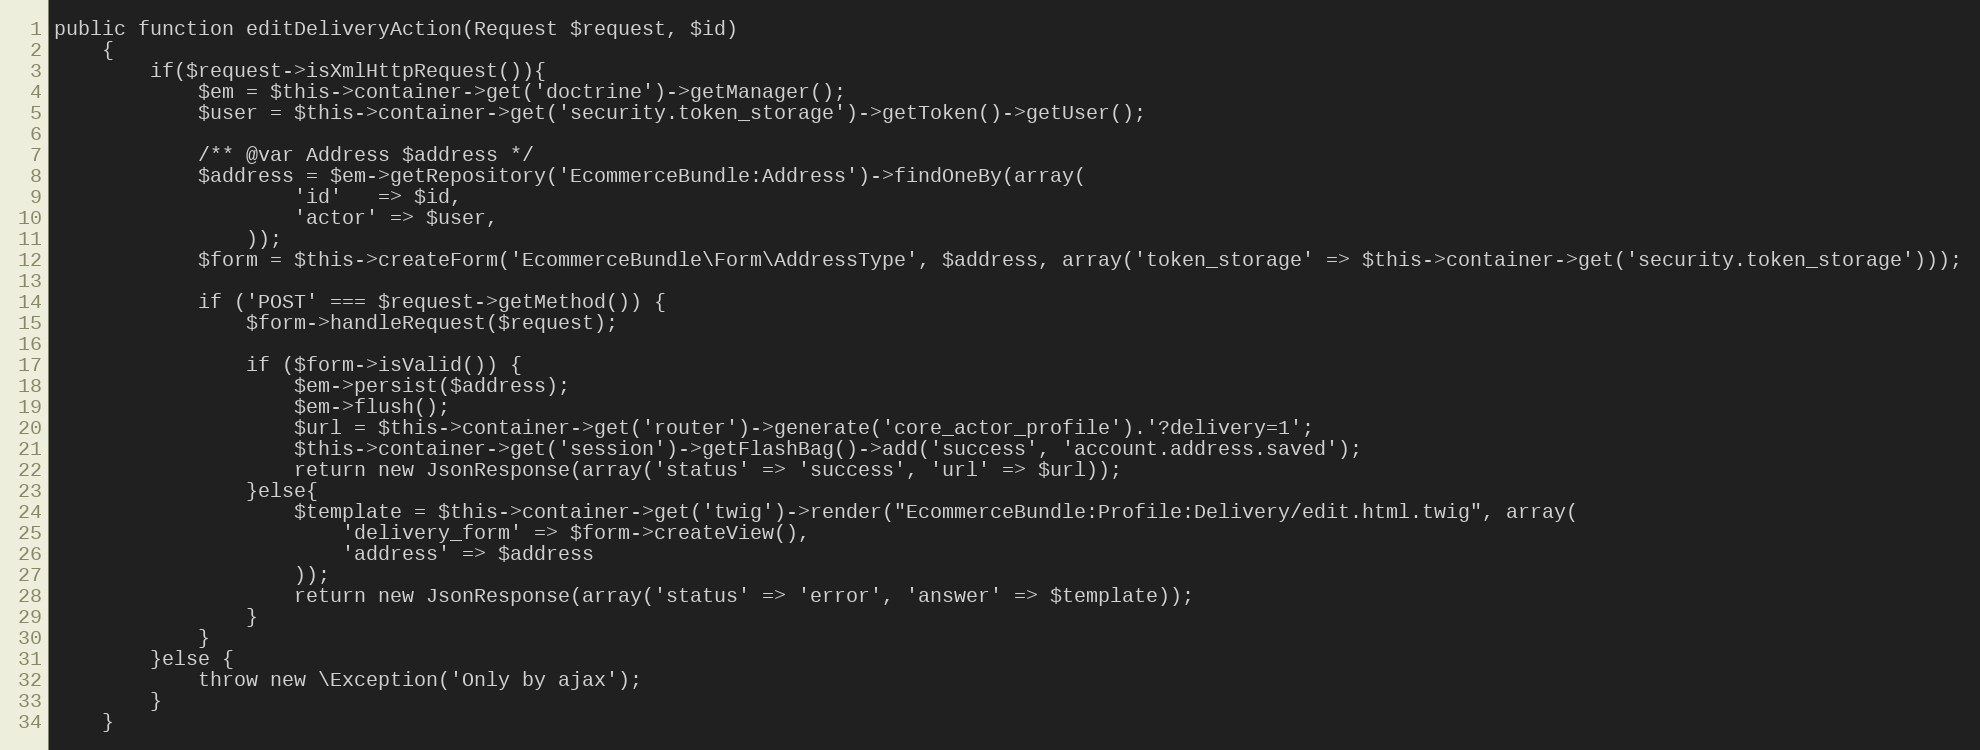
Language: PHP
public function editDeliveryAction(Request $request, $id)
    {
        if($request->isXmlHttpRequest()){
            $em = $this->container->get('doctrine')->getManager();
            $user = $this->container->get('security.token_storage')->getToken()->getUser();

            /** @var Address $address */
            $address = $em->getRepository('EcommerceBundle:Address')->findOneBy(array(
                    'id'   => $id,
                    'actor' => $user,
                ));
            $form = $this->createForm('EcommerceBundle\Form\AddressType', $address, array('token_storage' => $this->container->get('security.token_storage')));

            if ('POST' === $request->getMethod()) {
                $form->handleRequest($request);

                if ($form->isValid()) {
                    $em->persist($address);
                    $em->flush();
                    $url = $this->container->get('router')->generate('core_actor_profile').'?delivery=1';
                    $this->container->get('session')->getFlashBag()->add('success', 'account.address.saved');
                    return new JsonResponse(array('status' => 'success', 'url' => $url));
                }else{
                    $template = $this->container->get('twig')->render("EcommerceBundle:Profile:Delivery/edit.html.twig", array(
                        'delivery_form' => $form->createView(),
                        'address' => $address
                    ));
                    return new JsonResponse(array('status' => 'error', 'answer' => $template));
                }
            }
        }else {
            throw new \Exception('Only by ajax');
        }
    }